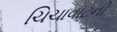
ચિચાવાટની